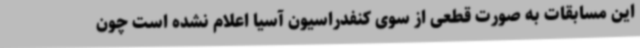
این مسابقات به صورت قطعی از سوی کنفدراسیون آسیا اعلام نشده است چون